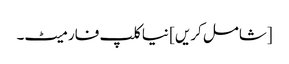
[شامل کریں] نیا کلپ فارمیٹ۔